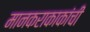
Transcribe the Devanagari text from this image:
मानकराकाकांची